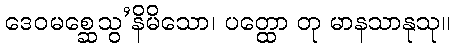
ဒေဝမစ္ဆေသွ’နိမိသော၊ ပတ္ထော တု မာနသာနုသု။